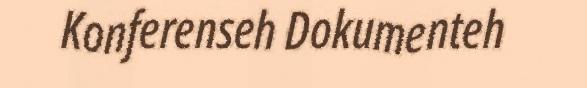
Konferenseh Dokumenteh